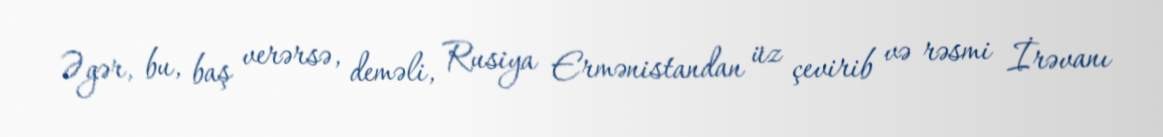
Əgər, bu, baş verərsə, deməli, Rusiya Ermənistandan üz çevirib və rəsmi İrəvanı